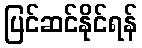
ပြင်ဆင်နိုင်ရန်